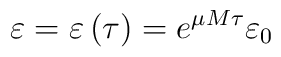
\varepsilon =  \varepsilon \left( \tau \right) = e^{\mu M \tau} \varepsilon_0